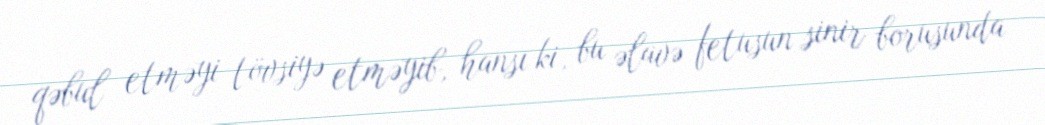
qəbul etməyi tövsiyə etməyib, hansı ki, bu əlavə fetusun sinir borusunda